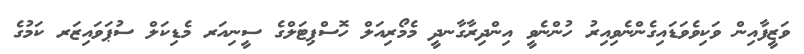
ވަޒީފާއިން ވަކިވެވަޑައިގެންނެވިއިރު ހުންނެވީ އިންދިރާގާނދީ މެމޯރިއަލް ހޮސްޕިޓަލްގެ ސީނިއަރ މެޑިކަލް ސުޕަވައިޒަރ ކަމުގެ